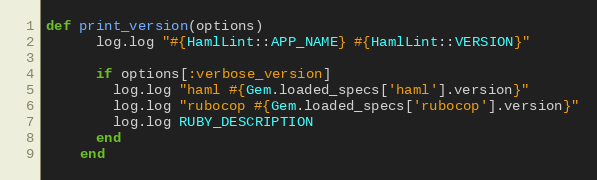
Language: Ruby
def print_version(options)
      log.log "#{HamlLint::APP_NAME} #{HamlLint::VERSION}"

      if options[:verbose_version]
        log.log "haml #{Gem.loaded_specs['haml'].version}"
        log.log "rubocop #{Gem.loaded_specs['rubocop'].version}"
        log.log RUBY_DESCRIPTION
      end
    end